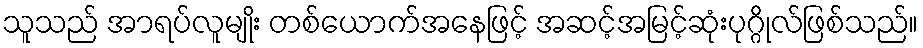
သူသည် အာရပ်လူမျိုး တစ်ယောက်အနေဖြင့် အဆင့်အမြင့်ဆုံးပုဂ္ဂိုလ်ဖြစ်သည်။